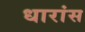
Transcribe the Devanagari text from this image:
धारांस